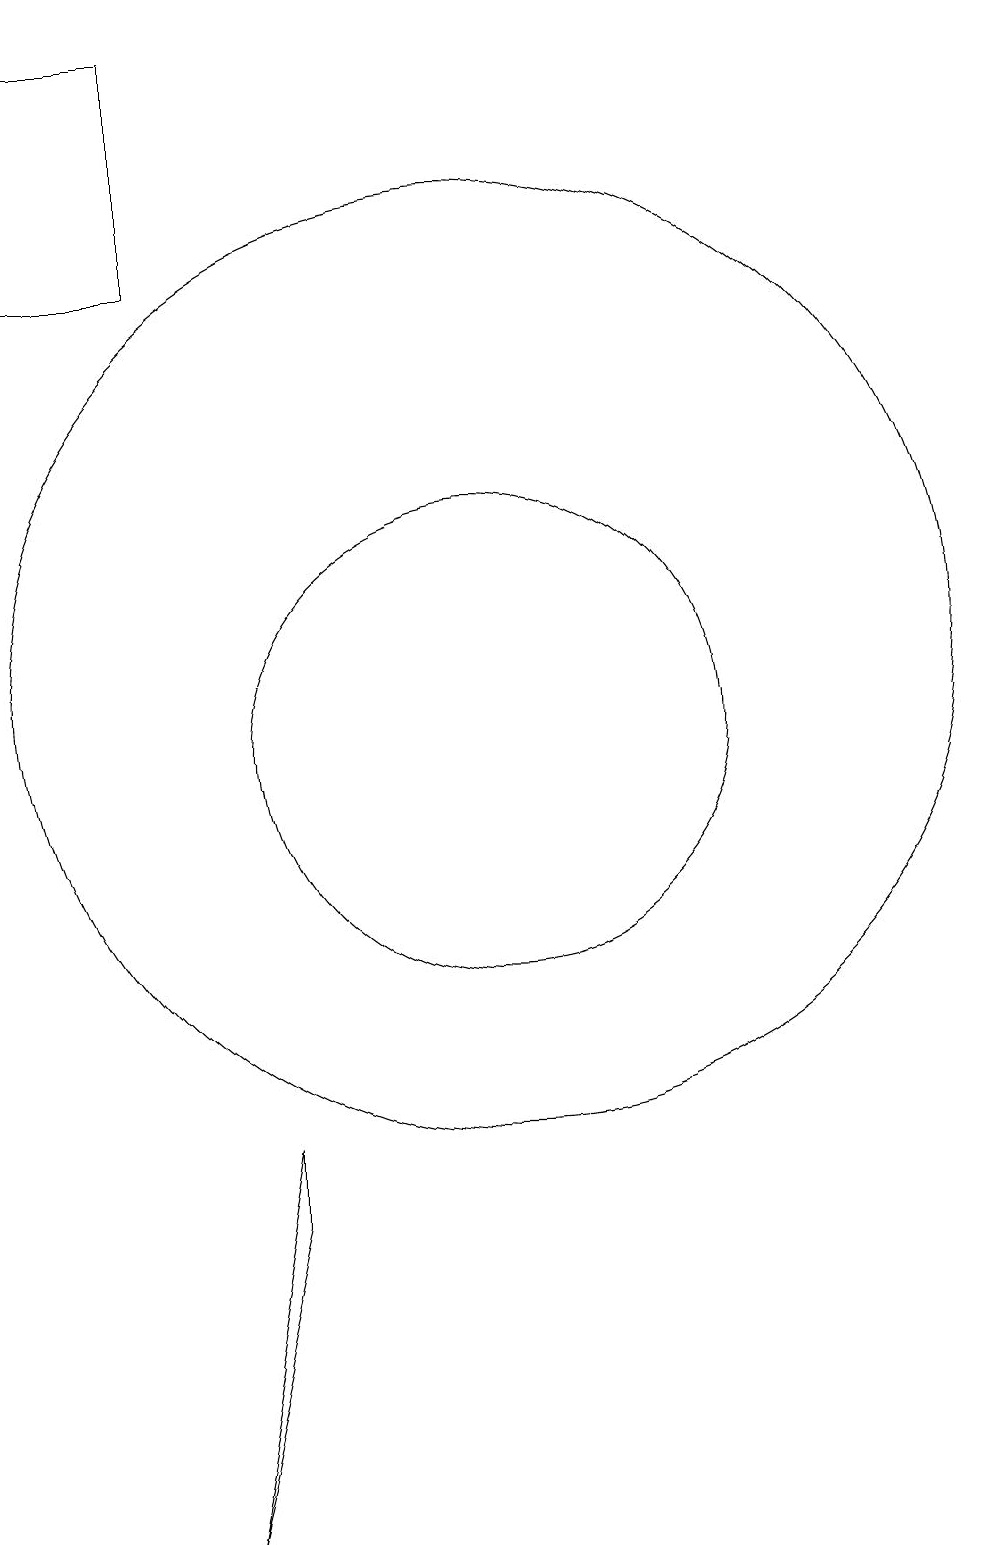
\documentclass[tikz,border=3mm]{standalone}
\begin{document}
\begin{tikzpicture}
\draw (7,16) rectangle (5,19);
\draw (7,0) -- (8,4) -- (8,5) -- cycle;
\draw (11,11) circle (6);
\draw (11,10) circle (3);
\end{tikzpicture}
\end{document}